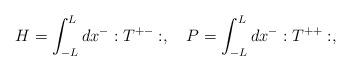
LaTeX: \begin{align*}H = \int_{-L}^L dx^- :T^{+-}:, \quad P = \int _{-L}^L dx^- :T^{++}:,\end{align*}